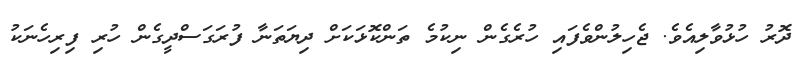
ދޮރު ހުޅުވާލިއެވެ. ޖެހިލުންވެފައި ހުރެގެން ނިކުމެ ތަންކޮޅަކަށް ދިޔަތަނާ ފުރަގަސްދީގެން ހުރި ފިރިހެނަކު